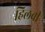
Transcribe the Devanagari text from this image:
हिलची